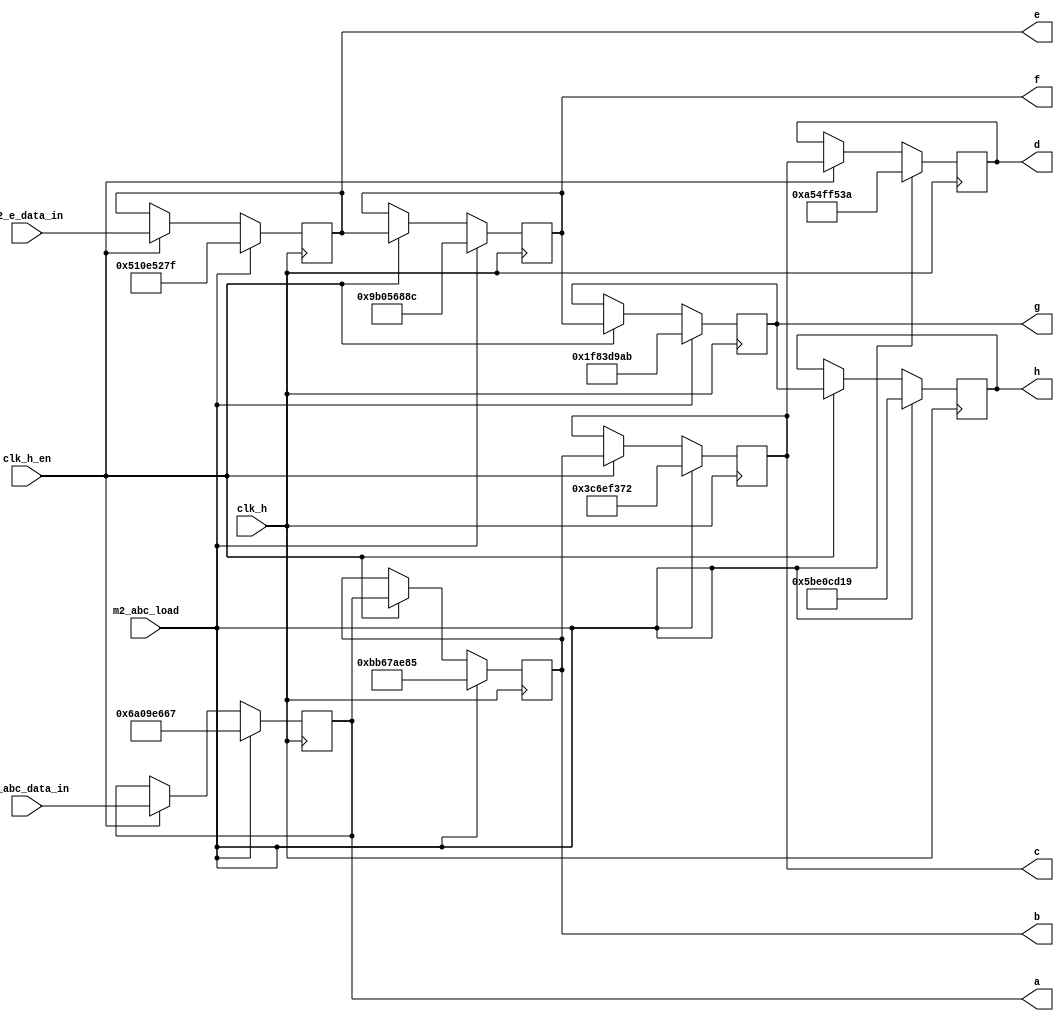
module m2_abc_reg (
		input clk_h, 
		input clk_h_en,
		input m2_abc_load,
		input	[31:0]		m2_abc_data_in,
		input [31:0]		m2_e_data_in,

output reg [31:0]	a = 32'b0,
output reg [31:0]	b = 32'b0,
output reg [31:0]	c = 32'b0,
output reg [31:0]	d = 32'b0,
output reg [31:0]	e = 32'b0,
output reg [31:0]	f = 32'b0,
output reg [31:0]	g = 32'b0,
output reg [31:0]	h = 32'b0

);
//
always @ (posedge clk_h)
		//if (clk_h_en)
			begin
					if (m2_abc_load)
						begin
										//bitcoin	//protocol 
								a <= 32'h6a09e667;//85e655d6 
								b <= 32'hbb67ae85;//417a1795 
								c <= 32'h3c6ef372;//3363376a 
								d <= 32'ha54ff53a;//624cde5c 
								e <= 32'h510e527f;//76e09589 
								f <= 32'h9b05688c;//cac5f811 
								g <= 32'h1f83d9ab;//cc4b32c1 
								h <= 32'h5be0cd19;//f20e533a 
						end
					else if (clk_h_en)
						begin
								a <= m2_abc_data_in;
								b <= a;
								c <= b;
								d <= c;
								e <= m2_e_data_in;
								f <= e;
								g <= f;
								h <= g;
						end
			end
endmodule